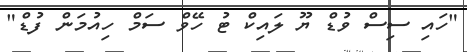
"ހައި ސިސް ވުޑް ޔޫ ލައިކް ޓު ހޭވް ސަމް ހިއުމަން ފުޑް"